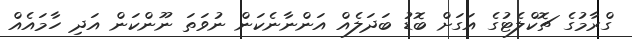
ގްރާމުގެ ޗޮކްލެޓުގެ އަގަށް ބޮޑު ބަދަލެއް އަންނާނެކަން ނުވަތަ ނޫންކަން އަދި ހާމައެއް